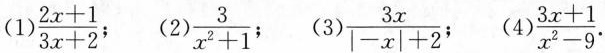
(1) $$\frac { 2 x + 1 } { 3 x + 2 }$$ ；(2) $$\frac { 3 } { x ^ { 2 } + 1 }$$ ；(3) $$\frac { 3 x } { \left | - x \right | + 2 }$$ ；(4) $$\frac { 3 x + 1 } { x ^ { 2 } - 9 }$$ .